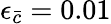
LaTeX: \epsilon_{\bar{c}}=0.01